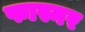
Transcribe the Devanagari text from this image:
फास्नर